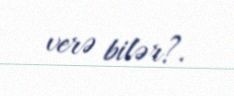
verə bilər?.